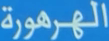
الجمهورية